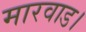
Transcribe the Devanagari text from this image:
मारवाड।